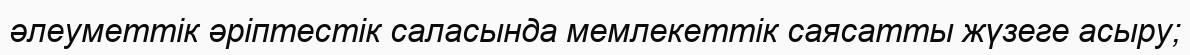
әлеуметтік әріптестік саласында мемлекеттік саясатты жүзеге асыру;